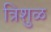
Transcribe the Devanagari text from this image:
त्रिशुळ